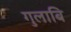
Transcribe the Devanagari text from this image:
गुलाबि